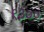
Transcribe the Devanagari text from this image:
९३००